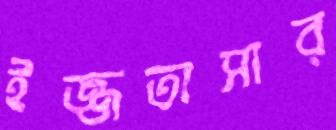
ইজ্জতাসার